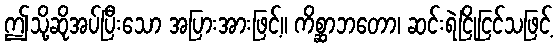
ဤသို့ဆိုအပ်ပြီးသော အပြားအားဖြင့်။ ကိစ္ဆာဘတော၊ ဆင်းရဲငြိုငြင်သဖြင့်